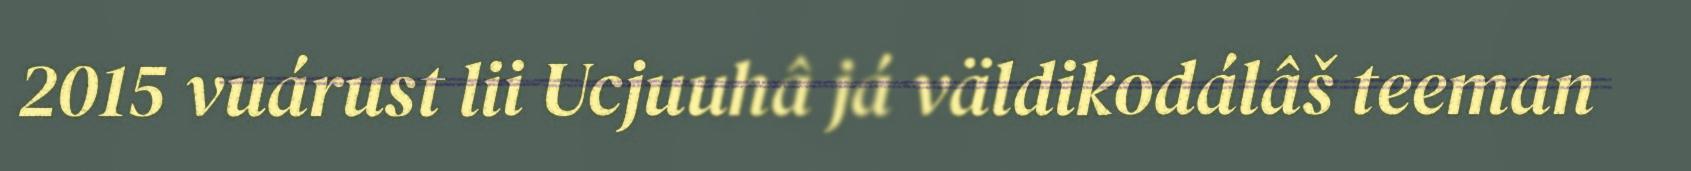
2015 vuárust lii Ucjuuhâ já väldikodálâš teeman